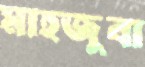
মাহজুবা